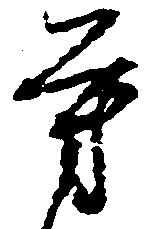
芳